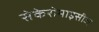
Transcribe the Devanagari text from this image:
सेकेरोमाइसीज